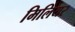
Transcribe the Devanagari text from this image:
मिलियर